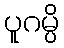
ပူဂမ္ပိ